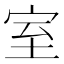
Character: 室